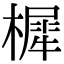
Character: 樨